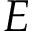
E